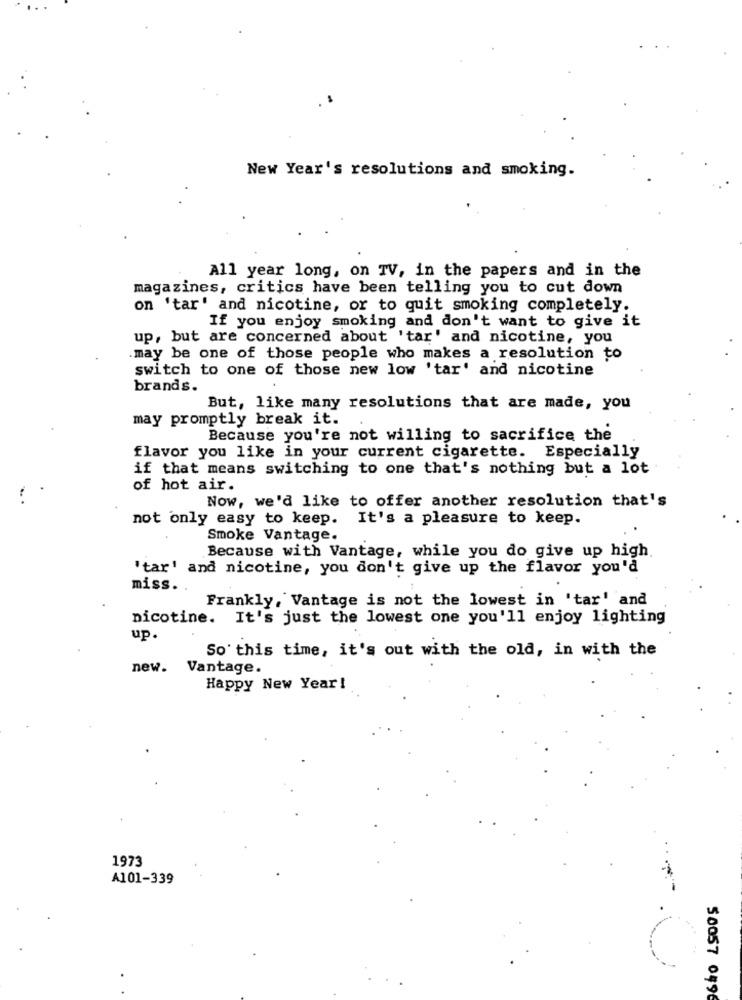
New Year's resolutions and smoking.
All year long, on TV, in the papers and in the
magazines, critics have been telling you to cut down
on 'tar' and nicotine, or to quit smoking completely.
If you enjoy smoking and don't want to give it
up, but are concerned about 'tar' and nicotine, you
may be one of those people who makes a resolution to
switch to one of those new low 'tar' and nicotine
brands.
But, like many resolutions that are made, you
may promptly break it.
Because you're not willing to sacrifice the
flavor you like in your current cigarette. Especially
if that means switching to one that's nothing but a lot
of hot air.
Now, we'd like to offer another resolution that's
not only easy to keep. It's a pleasure to keep.
Smoke Vantage.
Because with Vantage, while you do give up high
'tar' and nicotine, you don't give up the flavor you'd
miss ..
Frankly, Vantage is not the lowest in 'tar' and
nicotine. It's just the lowest one you'll enjoy lighting
up.
So' this time, it's out with the old, in with the
new. Vantage.
Happy New Year!
1973
A101-339
50057 0496